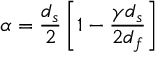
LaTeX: \alpha = \frac { d _ { s } } { 2 } \left[ 1 - \frac { \gamma d _ { s } } { 2 d _ { f } } \right]